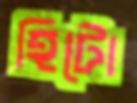
হিটো